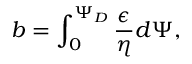
b = \int _ { 0 } ^ { \Psi _ { D } } \frac { \epsilon } { \eta } d \Psi ,